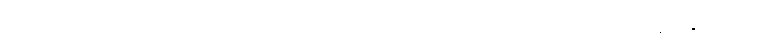
ခိုင်မြဲက တစ်ခါတလေ ဖိုးသက်ဆိုက်ကားကို တက်တက်ခွဖူးလို့ အဖြစ်ကတော့ နင်းနိုင်တယ်။